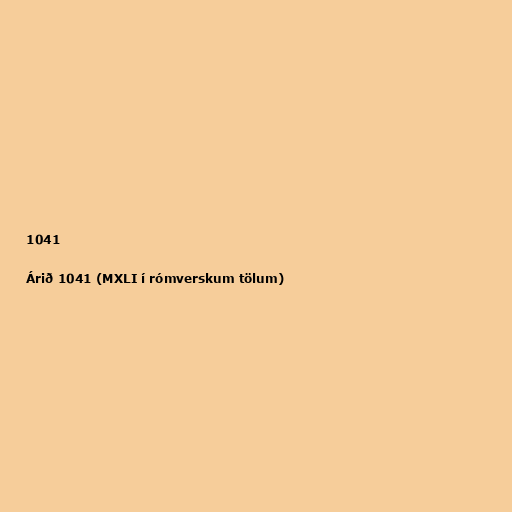
1041

Árið 1041 (MXLI í rómverskum tölum)